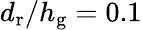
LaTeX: d_{\textrm{r}}/h_{\textrm{g}}=0.1